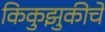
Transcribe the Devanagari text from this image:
किकुझुकीचे